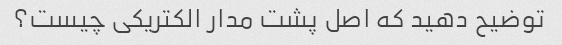
توضیح دهید که اصل پشت مدار الکتریکی چیست؟